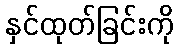
နှင်ထုတ်ခြင်းကို